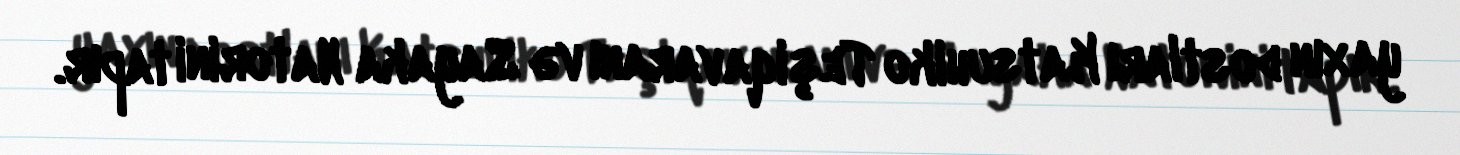
yaxın dostları Katsuhiko Teşiqavaranı və Sayaka Natorini tapır.